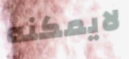
لايمكنه